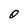
Character: 0